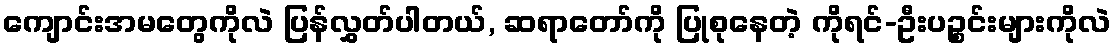
ကျောင်းအမတွေကိုလဲ ပြန်လွှတ်ပါတယ်, ဆရာတော်ကို ပြုစုနေတဲ့ ကိုရင်-ဦးပဉ္စင်းများကိုလဲ